King Institute of Preventive Medicine Micro-Biological Section reports 1912-19
Year: 1912
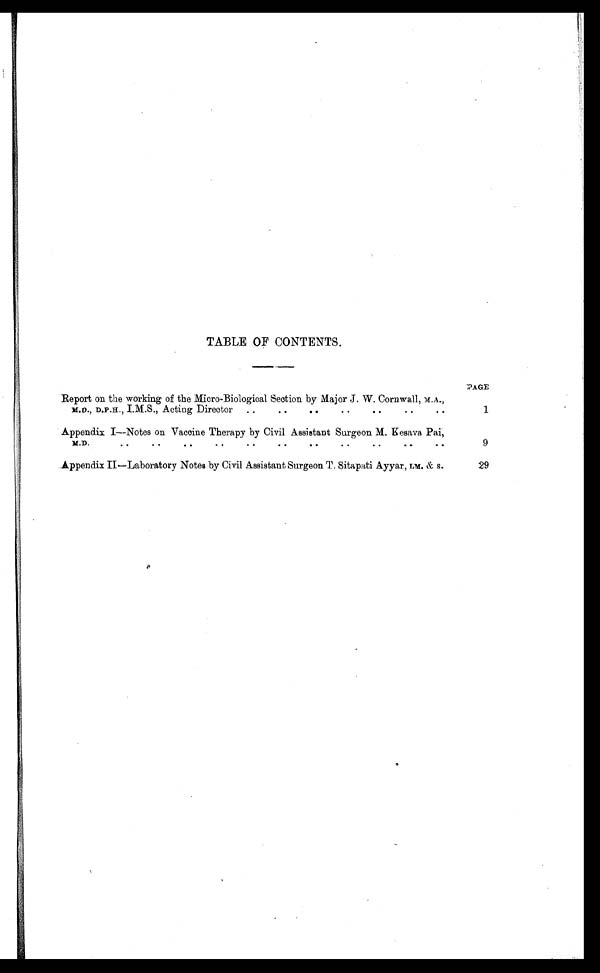
;'AGE
1
9
TABLE OF CONTENTS.
Report on the working of the Micro-Biological Section by Major J. W. Cornwall, M.A.,
M.D., D.P.H., I.M.S., Acting Director ..
..
..
..
. .
Appendix I—Notes on Vaccine Therapy by Civil Assistant Surgeon M.Kesava Pai,
M.D.
. . . . . . . . . . . . . . . . . .
Appendix II—Laboratory Notes by Civil Assistant Surgeon T. Sitapati Ayyar, LM. & S.
29